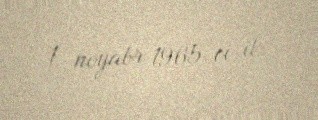
1 noyabr 1965-ci il